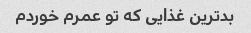
بدترین غذایی که تو عمرم خوردم